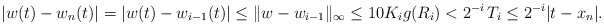
\begin{align*}|w(t) - w_n (t)| = |w(t) - w_{i-1}(t)|\leq\|w-w_{i-1}\|_{\infty} \leq 10K_{i} g(R_i) < 2^{-i}\,T_i \leq 2^{-i} |t- x_n|.\end{align*}